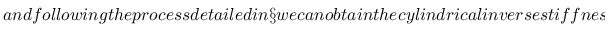
a n d f o l l o w i n g t h e p r o c e s s d e t a i l e d i n \S w e c a n o b t a i n t h e c y l i n d r i c a l i n v e r s e s t i f f n e s s m a t r i x o f a h e l i c a l l y t r a n s v e r s e l y i s o t r o p i c m a t e r i a l i n t e r m s o f